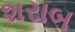
શરાબ